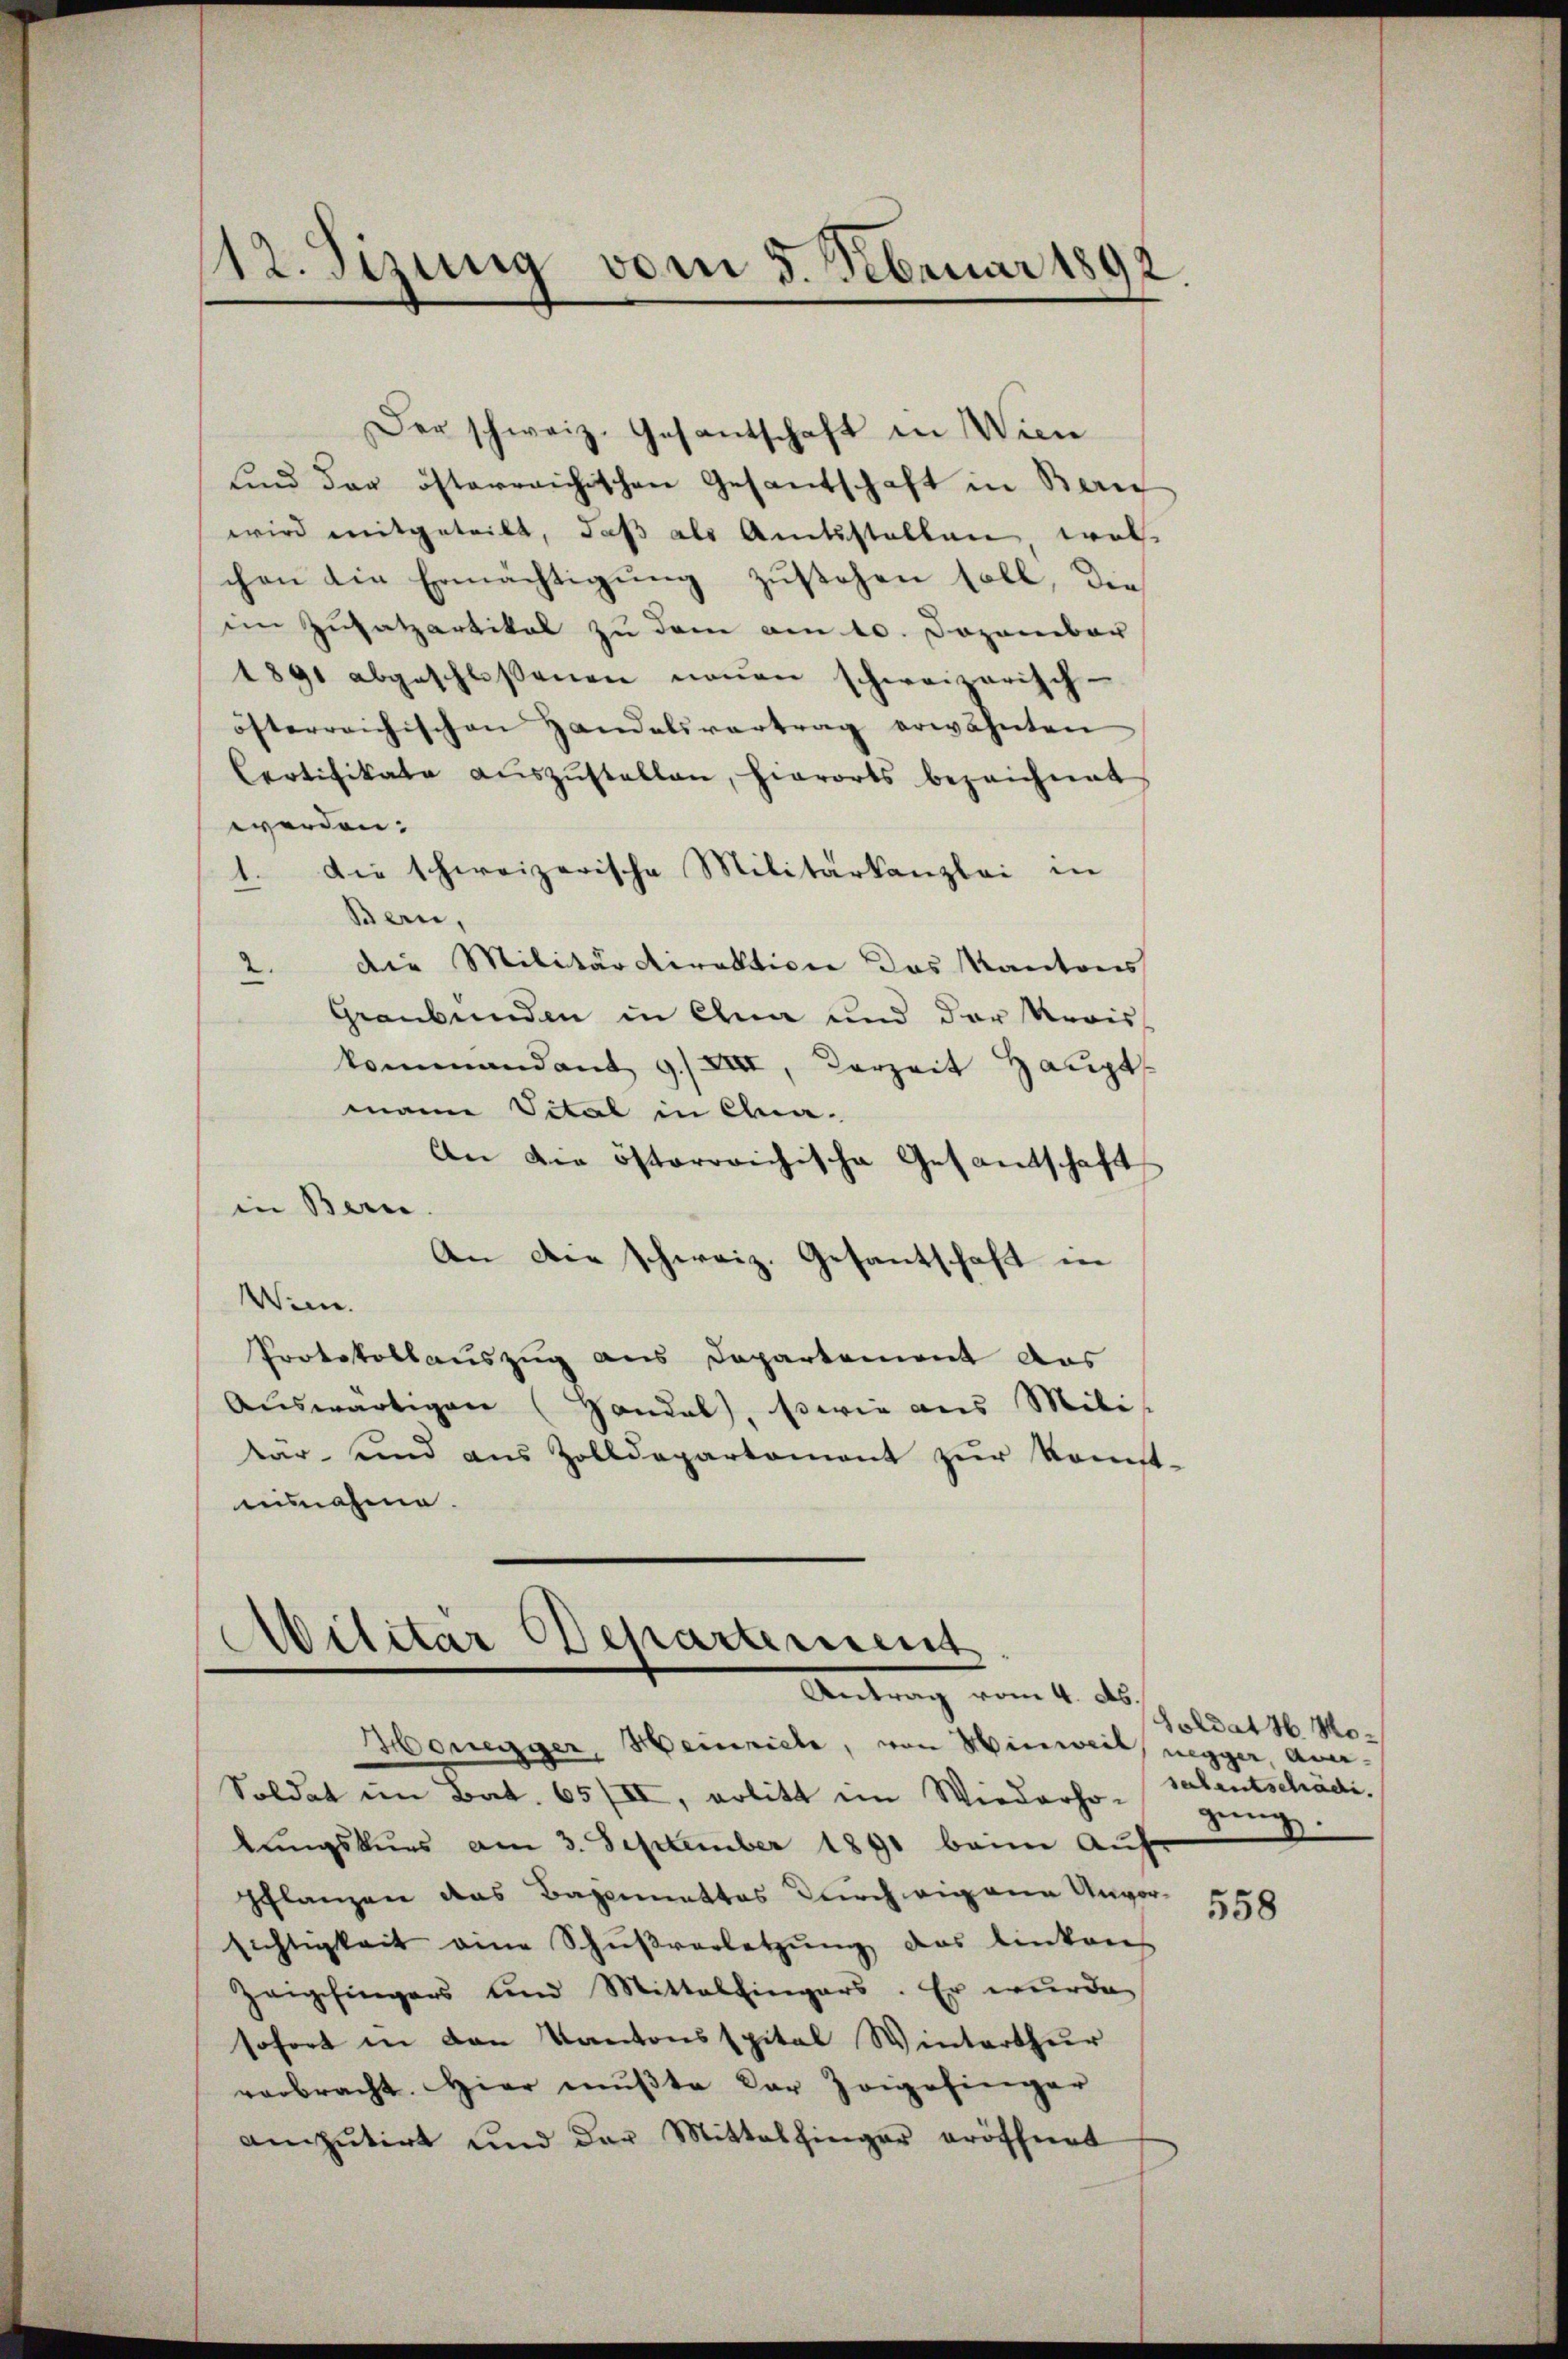
112. Sizung vom 5. Februar 1892

Der schweiz. Gesantschaft in Wien
und das österreichischen Gesandschaft in Beric
wird mitgeteilt, daß als Amtsstellen, wal
chen die Ermächtigung zustehen soll, die
im Zusatzartikal zu dem am 10. Dezember
1891 abgeschlossenen neŭen schweizerisch-
österreichischen Handelsvertrag erwähnten
Certifikate aŭszŭstellen, hierorts bezeichnet
werden.
Die schweizerische Militarkanzlei in
.
.
Bern,
die Militärdirektion des Kantons
2
“
Graubünden in Anna und der Revis
kommandant 9./ XIII, Vorzeit Haupts
mann Vital in Ehna¬
An die österreichische Gesandtschaft
in Bern.
An die schweiz. Gesantschaft in
8
Wien.
Protokollauszug aus Departement das
aŭswärtigen (Handel, sowie aus Milis
kar- und aus Zolldepartement zŭr Kont-
aisnahme.

Abilitär Departement
Antrag vom 4. A.

Honegger, Heinriche, von Hinweil, negger, ana¬
Soldat im Bat. 65/III, arbitt im Wiederho-
lŭngskurs am 3. September 1891 beim Auf
Pflanzen das Bagemestes durch eigene Unvor-
sichtigkeit eine Schŭβverletzŭng des Einkares
Zeigfingers und Mittelfingers. Er wurde
sofort in den Kantonsspital Winterthur
verbracht. Hier mußte der Zoigofinger
amputirt und der Mittelfinger eröffnet

Soldat H. Mosalentschädi
gung.

558